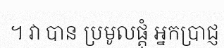
។ វា បាន ប្រមូលផ្តុំ អ្នកប្រាជ្ញ